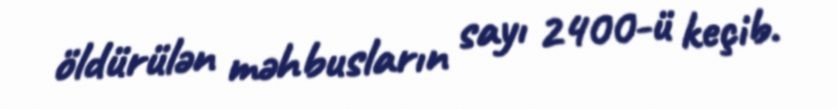
öldürülən məhbusların sayı 2400-ü keçib.